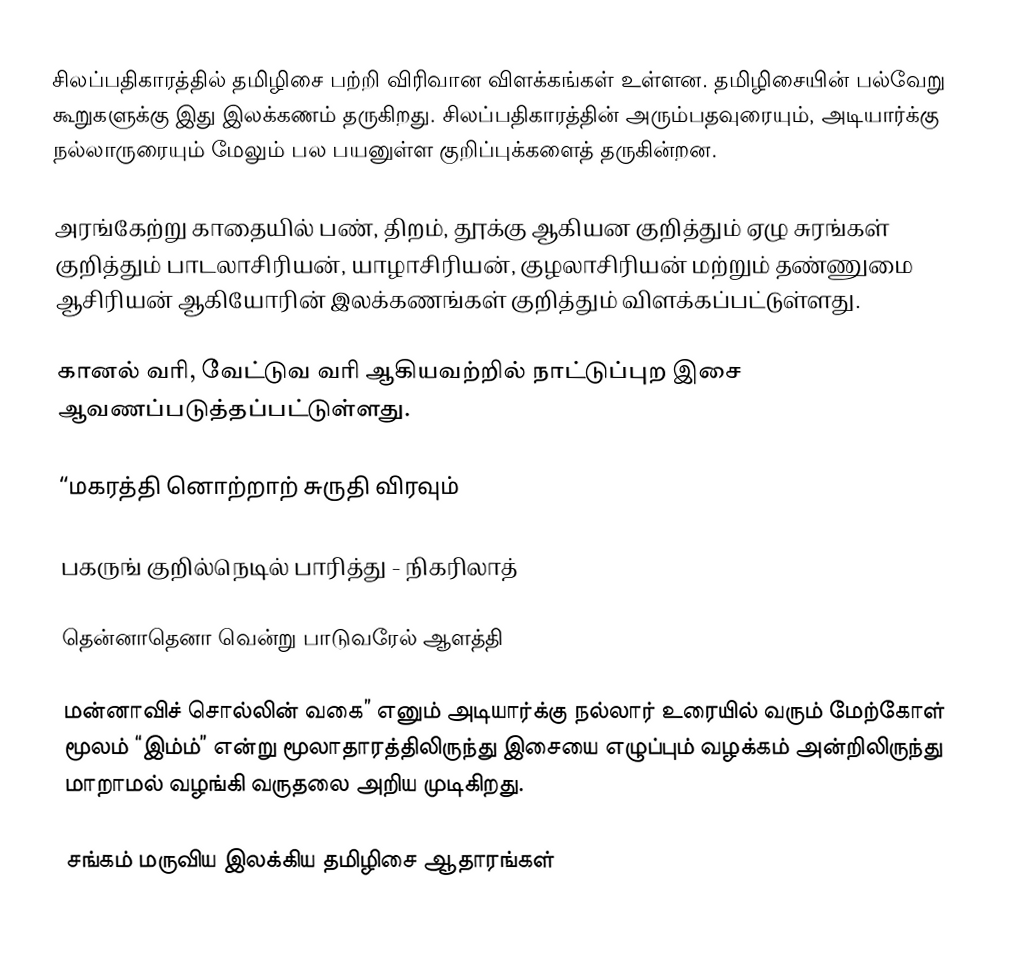
சிலப்பதிகாரத்தில் தமிழிசை பற்றி விரிவான விளக்கங்கள் உள்ளன.  தமிழிசையின் பல்வேறு கூறுகளுக்கு இது இலக்கணம் தருகிறது.  சிலப்பதிகாரத்தின் அரும்பதவுரையும், அடியார்க்கு நல்லாருரையும் மேலும் பல பயனுள்ள குறிப்புக்களைத் தருகின்றன.

அரங்கேற்று காதையில் பண், திறம், தூக்கு ஆகியன குறித்தும் ஏழு சுரங்கள் குறித்தும் பாடலாசிரியன், யாழாசிரியன், குழலாசிரியன் மற்றும் தண்ணுமை ஆசிரியன் ஆகியோரின் இலக்கணங்கள் குறித்தும் விளக்கப்பட்டுள்ளது.

கானல் வரி, வேட்டுவ வரி ஆகியவற்றில் நாட்டுப்புற இசை ஆவணப்படுத்தப்பட்டுள்ளது.

 “மகரத்தி னொற்றாற் சுருதி விரவும்

 பகருங் குறில்நெடில் பாரித்து - நிகரிலாத்

 தென்னாதெனா வென்று பாடுவரேல் ஆளத்தி

 மன்னாவிச் சொல்லின் வகை” எனும் அடியார்க்கு நல்லார் உரையில் வரும் மேற்கோள் மூலம் “இம்ம்” என்று மூலாதாரத்திலிருந்து இசையை எழுப்பும் வழக்கம் அன்றிலிருந்து மாறாமல் வழங்கி வருதலை அறிய முடிகிறது.

சங்கம் மருவிய இலக்கிய தமிழிசை ஆதாரங்கள்